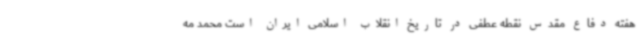
هفته دفاع مقدس نقطه عطفی در تاریخ انقلاب اسلامی ایران است محمد مه